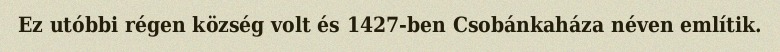
Ez utóbbi régen község volt és 1427-ben Csobánkaháza néven említik.